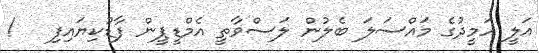
އަލީ ހަމީދުގެ މައްސަލަ ބެލުން ލަސްވާތީ އެމްޑީޕީން ފާޑުކިޔައިފި   !